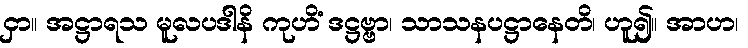
ငှာ။ အဋ္ဌာရသ မူလပဒါနိ ကုဟိံ ဒဋ္ဌဗ္ဗာ၊ သာသနပဋ္ဌာနေတိ၊ ဟူ၍။ အာဟ၊